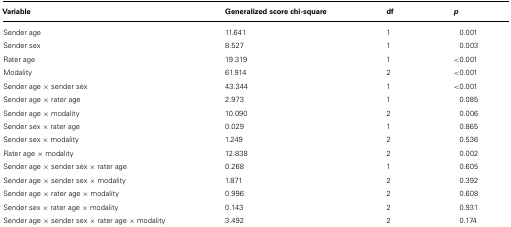
<table><thead><tr><td><b>Variable</b></td><td><b>Generalized score chi-square</b></td><td><b>df</b></td><td><b><i>p</i></b></td></tr></thead><tbody><tr><td>Sender age</td><td>11.641</td><td>1</td><td>0.001</td></tr><tr><td>Sender sex</td><td>8.527</td><td>1</td><td>0.003</td></tr><tr><td>Rater age</td><td>19.319</td><td>1</td><td>&lt;0.001</td></tr><tr><td>Modality</td><td>61.914</td><td>2</td><td>&lt;0.001</td></tr><tr><td>Sender age × sender sex</td><td>43.344</td><td>1</td><td>&lt;0.001</td></tr><tr><td>Sender age × rater age</td><td>2.973</td><td>1</td><td>0.085</td></tr><tr><td>Sender age × modality</td><td>10.090</td><td>2</td><td>0.006</td></tr><tr><td>Sender sex × rater age</td><td>0.029</td><td>1</td><td>0.865</td></tr><tr><td>Sender sex × modality</td><td>1.249</td><td>2</td><td>0.536</td></tr><tr><td>Rater age × modality</td><td>12.838</td><td>2</td><td>0.002</td></tr><tr><td>Sender age × sender sex × rater age</td><td>0.268</td><td>1</td><td>0.605</td></tr><tr><td>Sender age × sender sex × modality</td><td>1.871</td><td>2</td><td>0.392</td></tr><tr><td>Sender age × rater age × modality</td><td>0.996</td><td>2</td><td>0.608</td></tr><tr><td>Sender sex × rater age × modality</td><td>0.143</td><td>2</td><td>0.931</td></tr><tr><td>Sender age × sender sex × rater age × modality</td><td>3.492</td><td>2</td><td>0.174</td></tr></tbody></table>